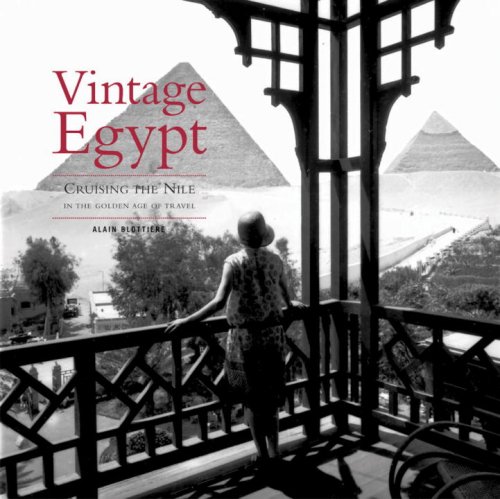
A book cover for Vintage Egypt: Cruising the Nile in the Golden Age of Travel; Alain Blottiere; Travel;